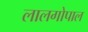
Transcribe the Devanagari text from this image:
लालगोपाल